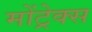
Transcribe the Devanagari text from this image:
मोंट्रेक्स